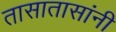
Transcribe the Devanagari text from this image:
तासातासांनी